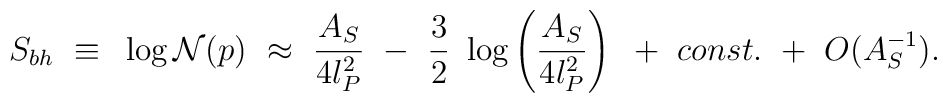
S_{bh}~\equiv~\log {\cal N}(p)~\approx~  {A_S\over{4l_P^2}} ~-~{3\over2}~\log \left({A_S\over{4l_P^2}} \right)~+~ const.~+~O(A_S^{-1}).